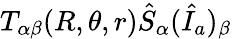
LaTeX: T_{\alpha\beta}(R,\theta,r)\hat{S}_{\alpha}(\hat{I}_{a})_{\beta}